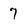
Character: 7